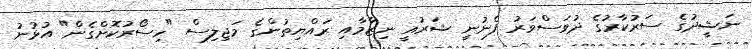
ނަޝީދުގެ ސަރުކާރުގެ ދުވަސްވަރު ފެނުނީ ޝަރުއީ ނިޒާމާއި ރައްޔިތުންގެ މަޖިލިސް "ހިސޯރުކޮށްގެން" އުޅުނު